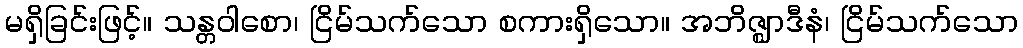
မရှိခြင်းဖြင့်။ သန္တဝါစော၊ ငြိမ်သက်သော စကားရှိသော။ အဘိဇ္ဈာဒီနံ၊ ငြိမ်သက်သော